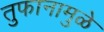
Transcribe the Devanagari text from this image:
तुफानामुळे